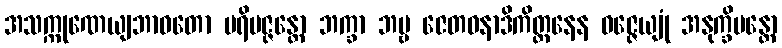
အသက္ကုဏေယျဘာဝတော ပရိမဇ္ဇန္တော ဘက္ခာ ဘဗ္ဗ ဇေတဝနာဒိကိတ္တနေန ဝဇ္ဇေယျုံ အနုက္ခိပန္တော